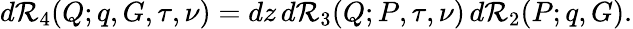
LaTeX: d{\cal R}_{4}(Q;q,G,\tau,\nu)=dz\, d{\cal R}_{3}(Q;P,\tau,\nu)\, d{\cal R}_{2}(P;q,G).